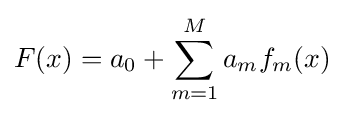
F(x)=a_{0}+\sum _{m=1}^{M}a_{m}f_{m}(x)